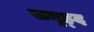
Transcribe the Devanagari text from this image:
समृह्द